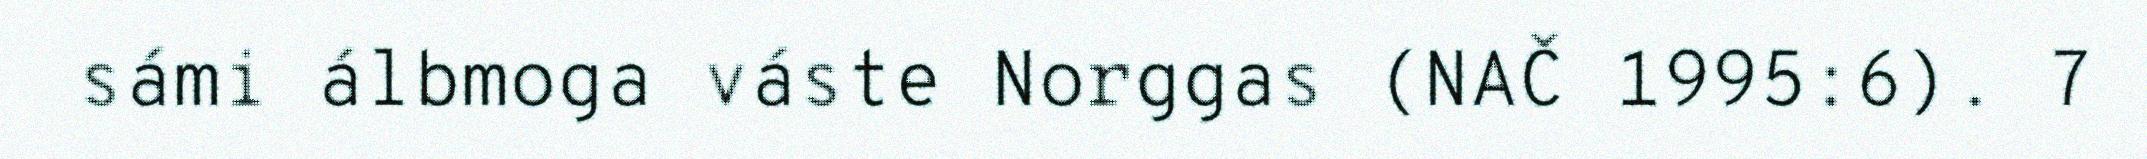
sámi álbmoga váste Norggas (NAČ 1995:6). 7